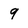
Character: 9